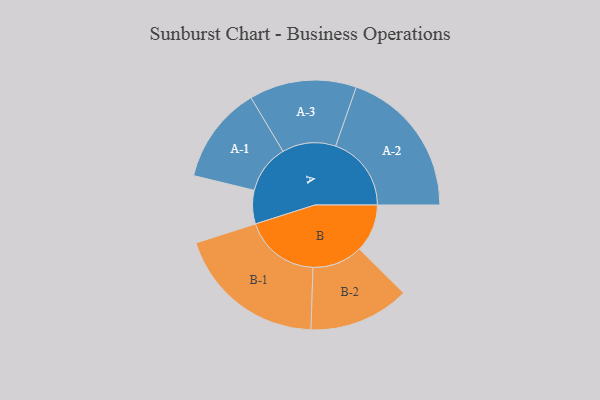
{"axis": {"x": "Segment", "y": "Value"}, "legend": ["", "A", "B"], "data": [{"x": "A", "y": 123, "type": ""}, {"x": "B", "y": 176, "type": ""}, {"x": "A-1", "y": 179, "type": "A"}, {"x": "A-2", "y": 278, "type": "A"}, {"x": "A-3", "y": 197, "type": "A"}, {"x": "B-1", "y": 277, "type": "B"}, {"x": "B-2", "y": 185, "type": "B"}]}